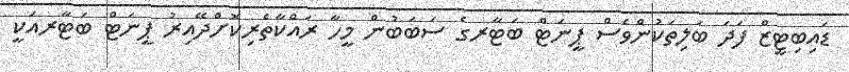
ޑައިބިޓީޒް ފަދަ ބަލިތަކުންވެސް ޕީނަޓް ބަޓާރގެ ސަބަބުން މީހާ ރައްކާތެރިކޮށްދޭއިރު ޕީނަޓް ބަޓާރއަކީ